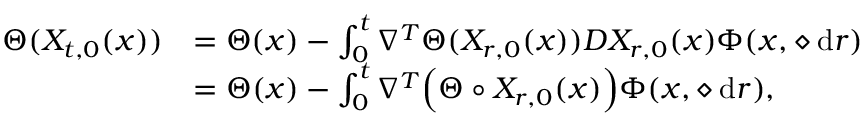
\begin{array} { r l } { \Theta ( X _ { t , 0 } ( x ) ) } & { = \Theta ( x ) - \int _ { 0 } ^ { t } \nabla ^ { T } \Theta ( X _ { r , 0 } ( x ) ) D X _ { r , 0 } ( x ) \Phi ( x , \diamond \, \mathrm { d } r ) } \\ & { = \Theta ( x ) - \int _ { 0 } ^ { t } \nabla ^ { T } \Big ( \Theta \circ X _ { r , 0 } ( x ) \Big ) \Phi ( x , \diamond \, \mathrm { d } r ) , } \end{array}